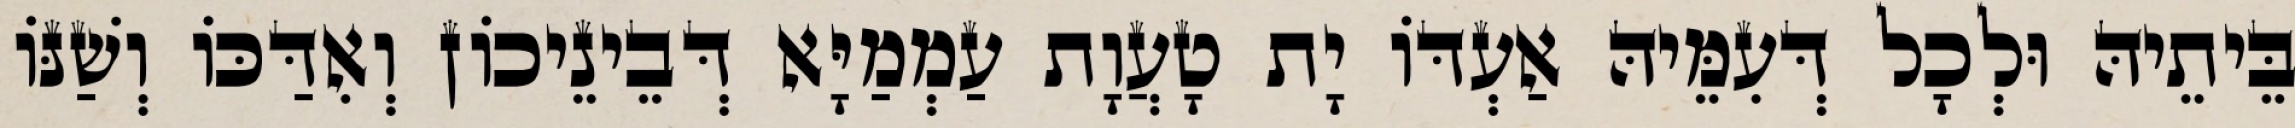
בֵּיתֵיהּ וּלְכָל דְּעִמֵּיהּ אַעְדּוֹ יָת טָעֲוָת עַמְמַיָּא דְּבֵינֵיכוֹן וְאִדַּכּוֹ וְשַׁנּוֹ